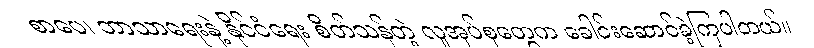
စာပေ၊ ဘာသာရေးနဲ့ နိုင်ငံရေး စိတ်သန်တဲ့ လူအုပ်စုတွေက ခေါင်းဆောင်ခဲ့ကြပါတယ်။